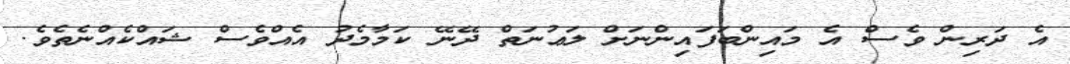
އެ ދަރިން ވެސް އެ މައިންބަފައިންނަށް ލަޢުނަތް ދޭނޭ ކަމާމެދު އެއްވެސް ޝައްކެއްނެތެވެ.